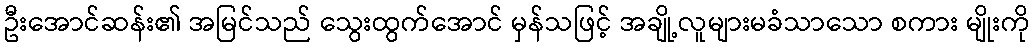
ဦးအောင်ဆန်း၏ အမြင်သည် သွေးထွက်အောင် မှန်သဖြင့် အချို့လူများမခံသာသော စကား မျိုးကို